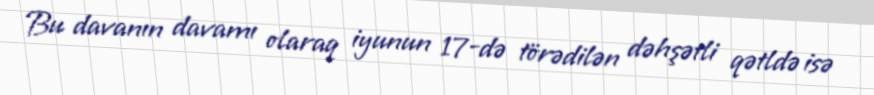
Bu davanın davamı olaraq iyunun 17-də törədilən dəhşətli qətldə isə